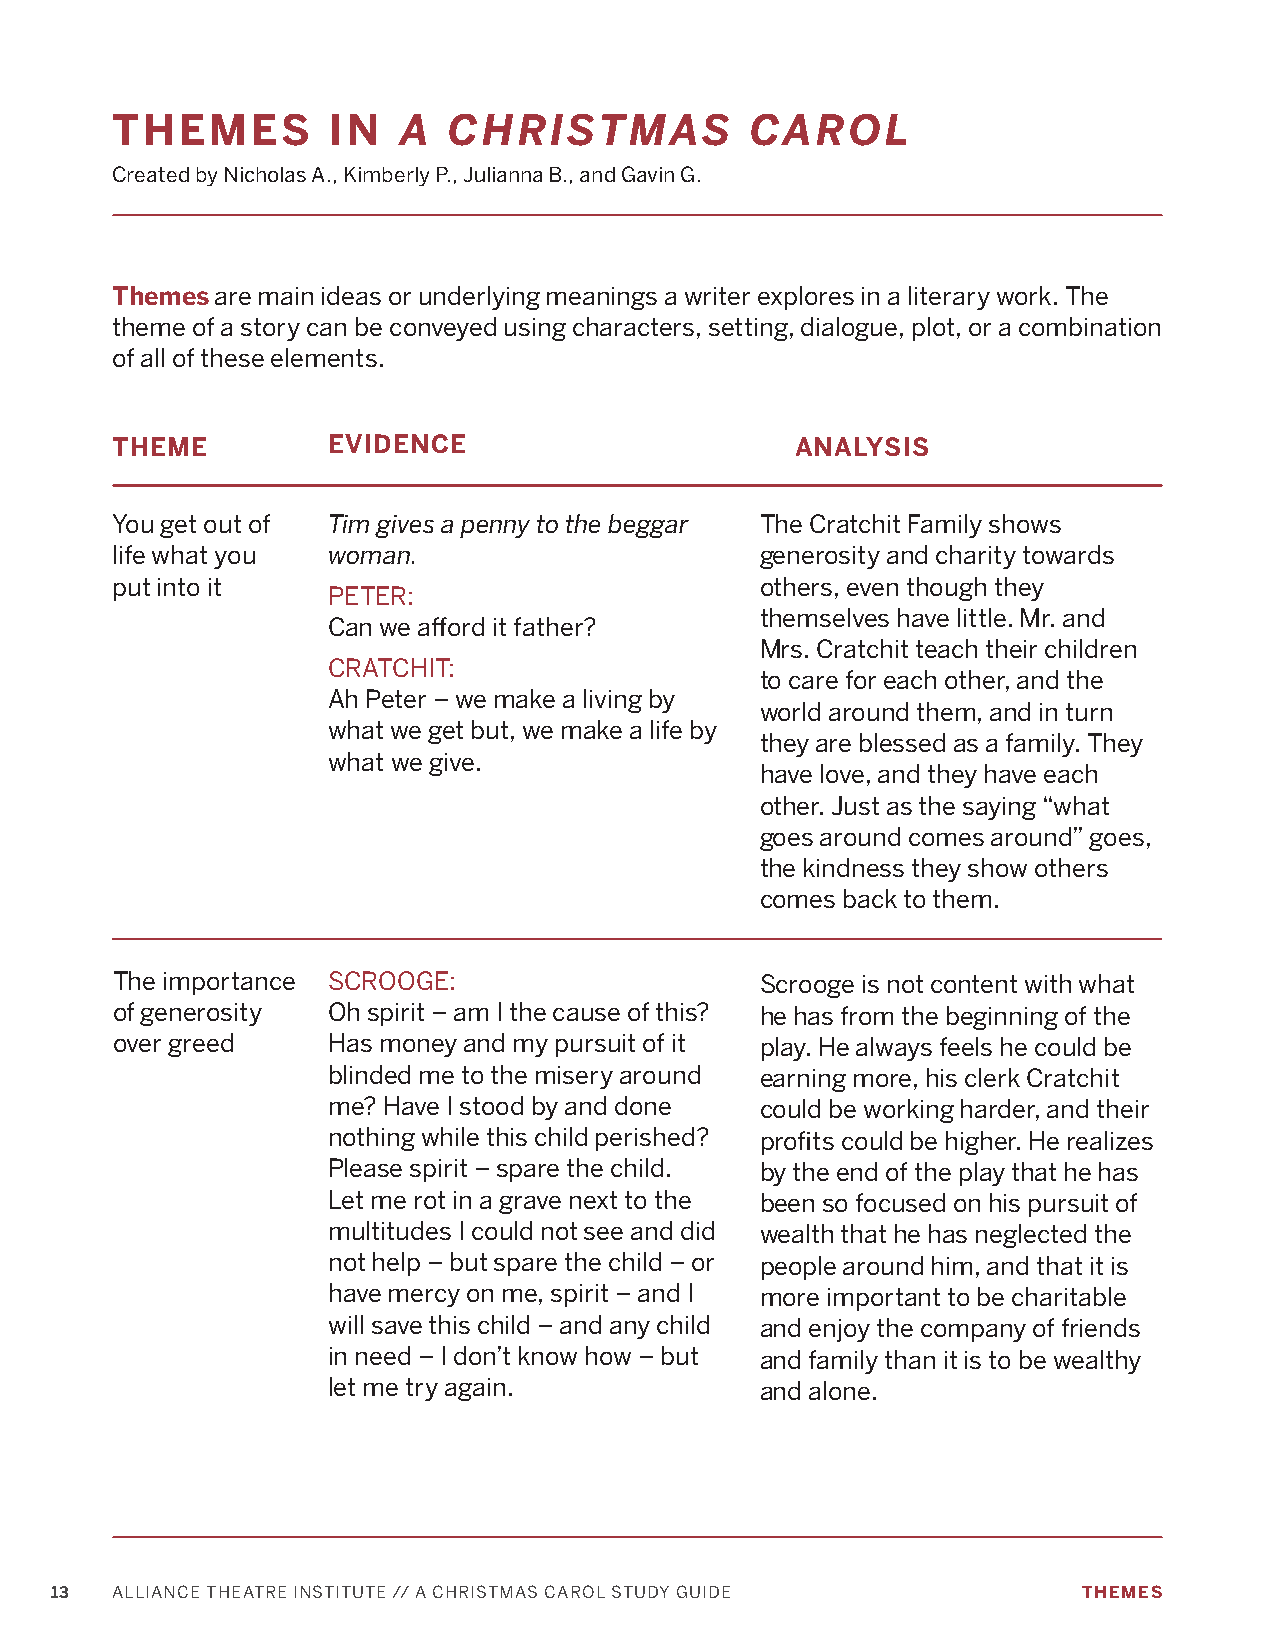
THEMES         IN  A  CHRISTMAS           CAROL
 Created by Nicholas A., Kimberly P., Julianna B., and Gavin G.
 Themes are main ideas or underlying meanings a writer explores in a literary work. The
 theme of a story can be conveyed using characters, setting, dialogue, plot, or a combination
 of all of these elements.
 THEME          EVIDENCE                       ANALYSIS
 You get out of Tim gives a penny to the beggar The Cratchit Family shows
 life what you  woman.                      generosity and charity towards
 put into it                                others, even though they
 PETER:
 themselves have little. Mr. and
 Can we afford it father?
 Mrs. Cratchit teach their children
 CRATCHIT:
 to care for each other, and the
 Ah Peter – we make a living by
 world around them, and in turn
 what we get but, we make a life by
 they are blessed as a family. They
 what we give.
 have love, and they have each
 other. Just as the saying “what
 goes around comes around” goes,
 the kindness they show others
 comes back to them.
 The importance SCROOGE:                    Scrooge is not content with what
 of generosity  Oh spirit – am I the cause of this? he has from the beginning of the
 over greed     Has money and my pursuit of it play. He always feels he could be
 blinded me to the misery around earning more, his clerk Cratchit
 me? Have I stood by and done could be working harder, and their
 nothing while this child perished? profits could be higher. He realizes
 Please spirit – spare the child. by the end of the play that he has
 Let me rot in a grave next to the been so focused on his pursuit of
 multitudes I could not see and did wealth that he has neglected the
 not help – but spare the child – or people around him, and that it is
 have mercy on me, spirit – and I more important to be charitable
 will save this child – and any child and enjoy the company of friends
 in need – I don’t know how – but and family than it is to be wealthy
 let me try again.           and alone.
 13  ALLIANCE THEATRE INSTITUTE // A CHRISTMAS CAROL STUDY GUIDE      THEMES